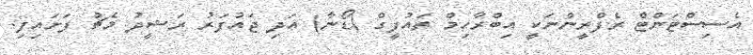
އެސިސްޓަންޓް ރެފްރީންނަކީ އިބްރާހިމް ތައުފީގް (ޑޯނާ) އަދި ޖައުފަރު ރަޝީދު މެޗު ފަށައިފި.